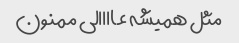
مثل همیشه عاااالی ممنون